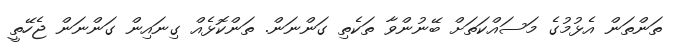
ތަންތަން އެޅުމުގެ މަސައްކަތަށް ބޭނުންވާ ތަކެތި ގަންނަން. ތަންކޮޅެއް ގިނައިން ގަންނަން ޖެހޭތީ